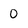
Character: 0